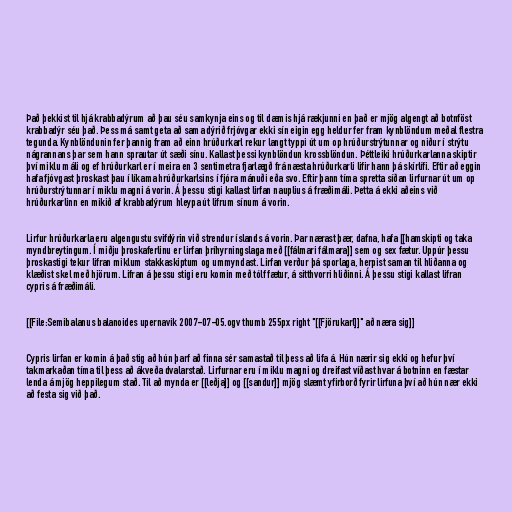
Það þekkist til hjá krabbadýrum að þau séu samkynja eins og til dæmis hjá rækjunni en það er mjög algengt að botnföst
krabbadýr séu það. Þess má samt geta að sama dýrið frjóvgar ekki sín eigin egg heldur fer fram kynblöndum meðal flestra
tegunda. Kynblöndunin fer þannig fram að einn hrúðurkarl rekur langt typpi út um op hrúðurstrýtunnar og niður í strýtu
nágrannans þar sem hann sprautar út sæði sínu. Kallast þessi kynblöndun krossblöndun. Þéttleiki hrúðurkarlanna skiptir
því miklu máli og ef hrúðurkarl er í meira en 3 sentimetra fjarlægð frá næsta hrúðurkarli lifir hann þá skírlífi. Eftir að eggin
hafa fjóvgast þroskast þau í líkama hrúðurkarlsins í fjóra mánuði eða svo. Eftir þann tíma spretta síðan lirfurnar út um op
hrúðurstrýtunnar í miklu magni á vorin. Á þessu stigi kallast lirfan nauplius á fræðimáli. Þetta á ekki aðeins við
hrúðurkarlinn en mikið af krabbadýrum hleypa út lifrum sínum á vorin.

Lirfur hrúðurkarla eru algengustu svifdýrin við strendur íslands á vorin. Þar nærast þær, dafna, hafa [[hamskipti og taka
myndbreytingum. Í miðju þroskaferlinu er lirfan þríhyrningslaga með [[fálmari fálmara]] sem og sex fætur. Uppúr þessu
þroskastigi tekur lifran miklum stakkaskiptum og ummyndast. Lirfan verður þá sporlaga, herpist saman til hliðanna og
klæðist skel með hjörum. Lifran á þessu stigi eru komin með tólf fætur, á sitthvorri hliðinni. Á þessu stigi kallast lifran
cypris á fræðimáli.

[[File:Semibalanus balanoides upernavik 2007-07-05.ogv thumb 255px right "[[Fjörukarl]]" að næra sig]]

Cypris lirfan er komin á það stig að hún þarf að finna sér samastað til þess að lifa á. Hún nærir sig ekki og hefur því
takmarkaðan tíma til þess að ákveða dvalarstað. Lirfurnar eru í miklu magni og dreifast víðast hvar á botninn en fæstar
lenda á mjög heppilegum stað. Til að mynda er [[leðja]] og [[sandur]] mjög slæmt yfirborð fyrir lirfuna því að hún nær ekki
að festa sig við það.